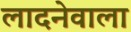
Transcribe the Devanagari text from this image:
लादनेवाला